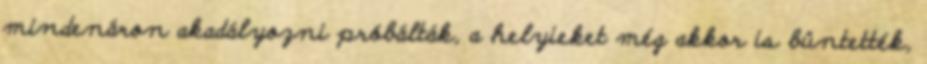
mindenáron akadályozni próbálták, a helyieket még akkor is büntették,